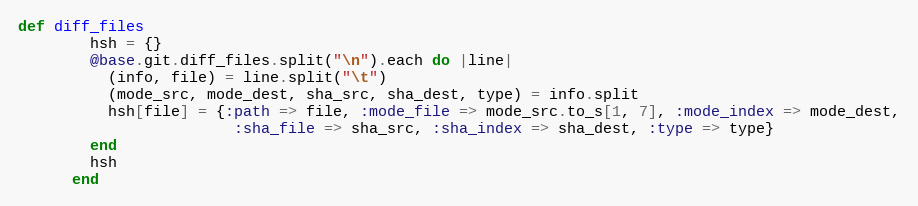
Language: Ruby
def diff_files
        hsh = {}
        @base.git.diff_files.split("\n").each do |line|
          (info, file) = line.split("\t")
          (mode_src, mode_dest, sha_src, sha_dest, type) = info.split
          hsh[file] = {:path => file, :mode_file => mode_src.to_s[1, 7], :mode_index => mode_dest,
                        :sha_file => sha_src, :sha_index => sha_dest, :type => type}
        end
        hsh
      end